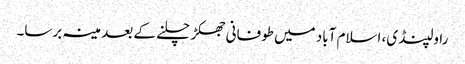
راولپنڈی، اسلام آباد میں طوفانی جھکڑ چلنے کے بعد مینہ برسا۔